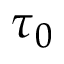
\tau _ { 0 }